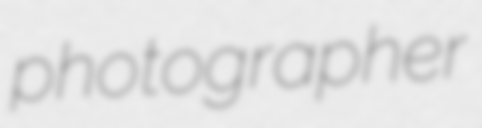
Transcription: photographer